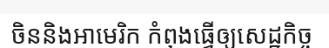
ចិននិងអាមេរិក កំពុងធ្វើឲ្យសេដ្ឋកិច្ច